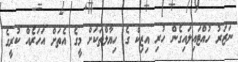
ނަޒަރު ހުއްޓައިލައިގެން ހުރި އިޒިކް ގެ ހިޔާލްތަކަށް މީގެ އެތަށް އަހަރެއް ކުރީގެ